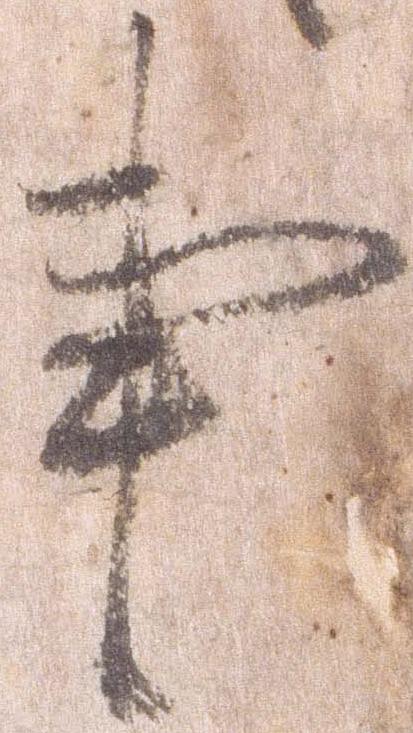
事